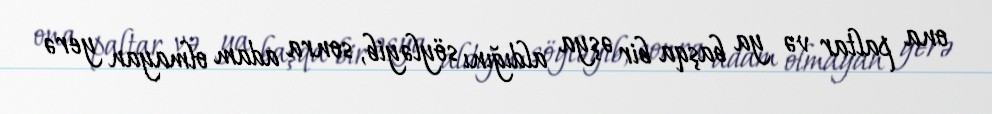
ona paltar və ya başqa bir əşya aldığını söyləyib, sonra adam olmayan yerə